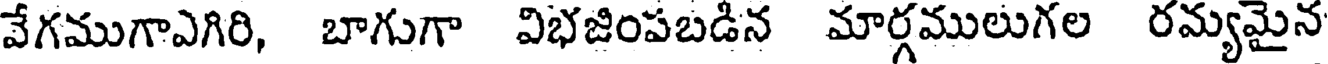
వేగముగాఎగిరి, బాగుగా విభజింపబడిన మార్గములుగల రమ్యమైన